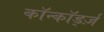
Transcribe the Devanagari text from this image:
कॉन्कॉर्ड्ज़